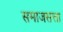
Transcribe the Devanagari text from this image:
समाजसत्ता